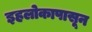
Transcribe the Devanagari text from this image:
इहलोकापासून